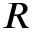
R